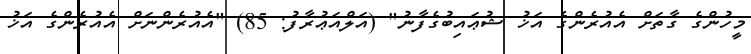
މީހުންގެ ގާތަށް އެއުރެންގެ އަޚު ޝުޢައިބުގެފާނު" (އަލްއަޢުރާފު: 85) "އެއުރެންނަށް އެއުރެންގެ އަޚު